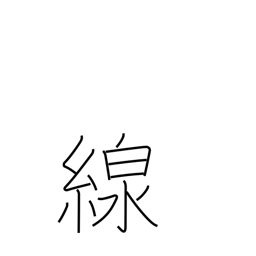
Meaning: line